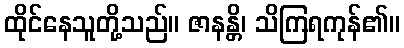
ထိုင်နေသူတို့သည်။ ဇာနန္တိ၊ သိကြရကုန်၏။